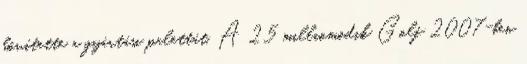
bővítette a gyártási palettát. A 25 milliomodik Golf 2007-ben